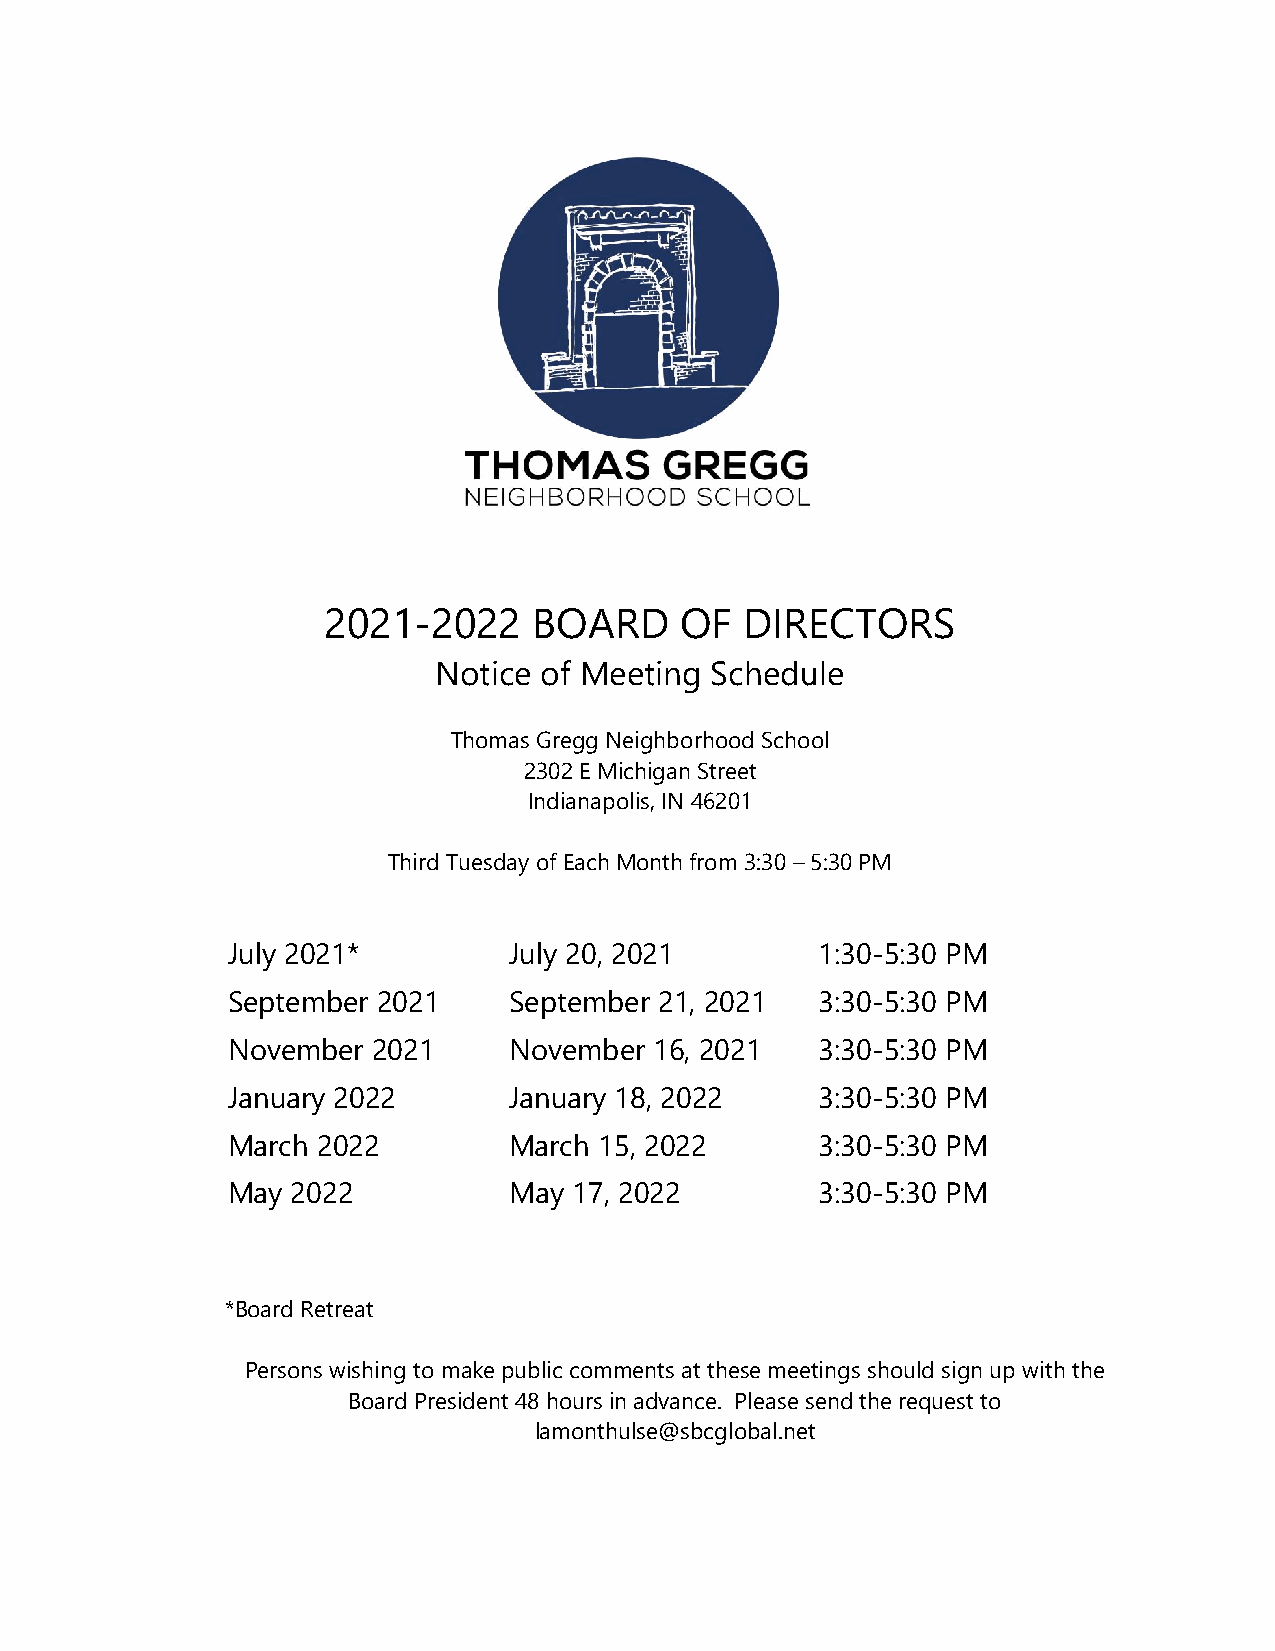
2021-2022     BOARD     OF  DIRECTORS
 Notice of Meeting Schedule
 Thomas Gregg Neighborhood School
 2302 E Michigan Street
 Indianapolis, IN 46201
 Third Tuesday of Each Month from 3:30 – 5:30 PM
 July 2021*         July 20, 20 21      1:30-5:30 PM
 September 2021     September 21, 2021  3:30-5:30 PM
 November  2021     November 16, 2021   3:30-5:30 PM
 January 2022       January 18, 2022    3:30-5:30 PM
 March 2022         March 15, 2022      3:30-5:30 PM
 May 2022           May 17, 2022        3:30-5:30 PM
 *Board Retreat
 Persons wishing to make public comments at these meetings should sign up with the
 Board President 48 hours in advance. Please send the request to
 lamonthulse@sbcglobal.net